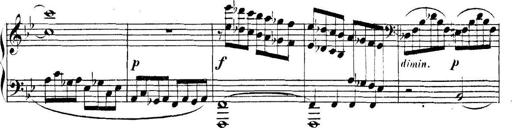
Title: Collected Piano Sonatas
Composer: Muzio Clementi